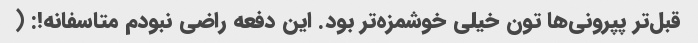
قبل‌تر پپرونی‌ها تون خیلی خوشمزه‌تر بود. این دفعه راضی نبودم متاسفانه!: (